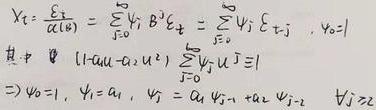
\[
\begin{align*}
Y_t&=\frac{\xi_t}{\alpha(B)}=\sum_{j = 0}^{\infty}\psi_j B^j\xi_t=\sum_{j = 0}^{\infty}\psi_j\xi_{t - j}\quad,\ Y_0 = 1\\
&\text{其中}\quad(1 - a_1u - a_2u^2)\sum_{j = 0}^{\infty}\psi_ju^j\equiv1\\
&\Rightarrow\psi_0 = 1,\ \psi_1 = a_1,\ \psi_j = a_1\psi_{j - 1}+a_2\psi_{j - 2}\quad,j\geq2
\end{align*}
\]